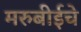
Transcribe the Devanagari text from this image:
मरुबीईचे